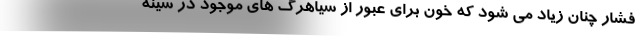
فشار چنان زیاد می شود که خون برای عبور از سیاهرگ های موجود در سینه